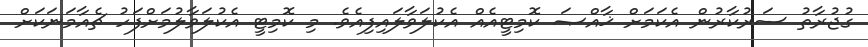
ގުޖުރާތު ސަރުކާރުން އެކަމަށް ޚާއްޞަ ކޮމިޓީއެއް އެކުލަވާލައިފިއެވެ. މި ކޮމިޓީ އެކުލަވާލުމަށްފަހު ޗެއާމަނަކަށް